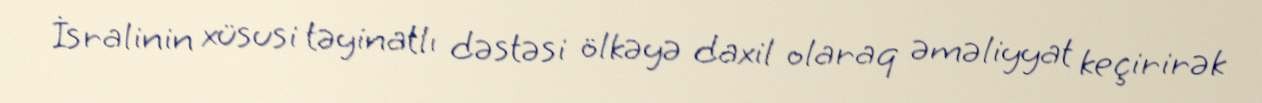
İsralinin xüsusi təyinatlı dəstəsi ölkəyə daxil olaraq əməliyyat keçirirək